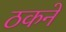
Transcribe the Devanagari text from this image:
ठकने